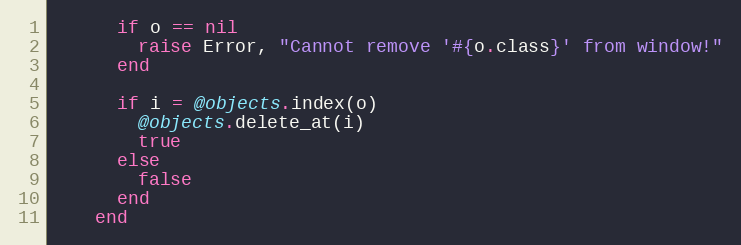
Language: Ruby
      if o == nil
        raise Error, "Cannot remove '#{o.class}' from window!"
      end

      if i = @objects.index(o)
        @objects.delete_at(i)
        true
      else
        false
      end
    end